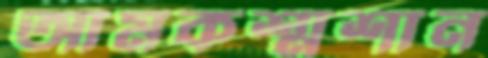
আমকশ্মশান